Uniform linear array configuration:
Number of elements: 12
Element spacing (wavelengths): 0.25
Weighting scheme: uniform
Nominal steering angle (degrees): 15
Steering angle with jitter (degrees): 16.522
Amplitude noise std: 0.05
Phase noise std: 0.05

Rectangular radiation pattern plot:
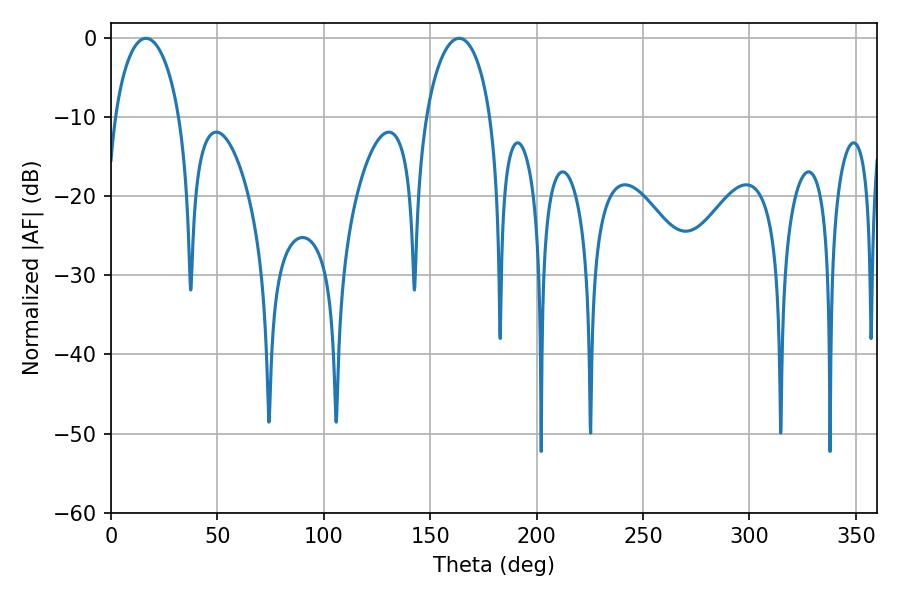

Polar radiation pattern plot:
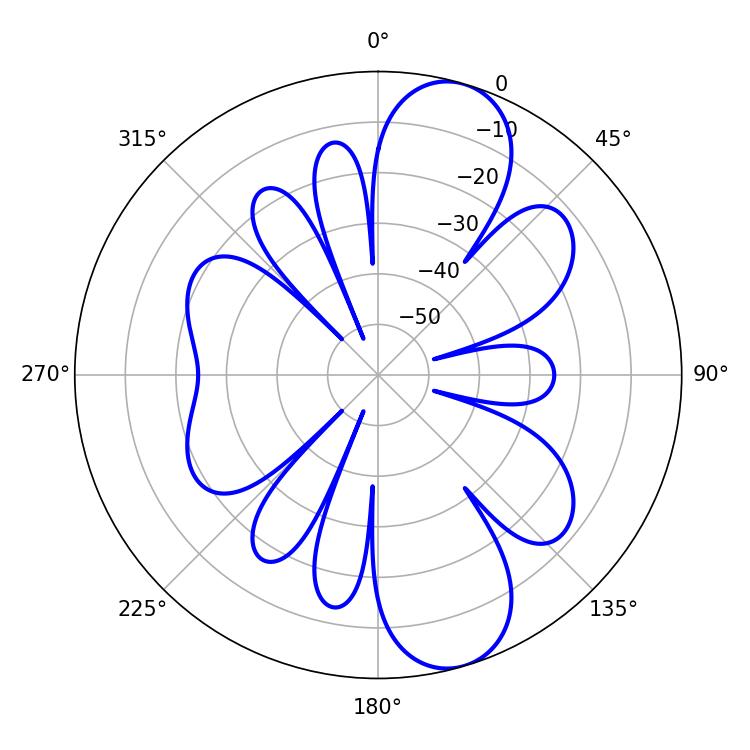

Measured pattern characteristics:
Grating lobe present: FALSE
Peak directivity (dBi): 10.205
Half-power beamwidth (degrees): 17.46
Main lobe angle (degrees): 16.38